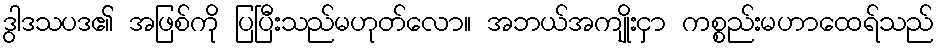
ဒွါဒသပဒ၏ အဖြစ်ကို ပြပြီးသည်မဟုတ်လော။ အဘယ်အကျိုးငှာ ကစ္စည်းမဟာထေရ်သည်